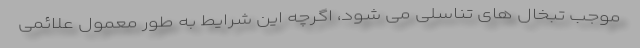
موجب تبخال های تناسلی می شود، اگرچه این شرایط به طور معمول علائمی